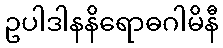
ဥပါဒါနနိရောဓဂါမိနီ